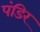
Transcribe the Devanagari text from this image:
पंडिर